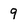
Character: 9